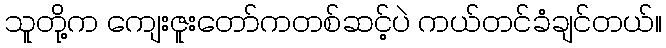
သူတို့က ကျေးဇူးတော်ကတစ်ဆင့်ပဲ ကယ်တင်ခံချင်တယ်။